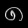
Digit: ၈